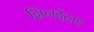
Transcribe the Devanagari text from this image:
झिलईदार